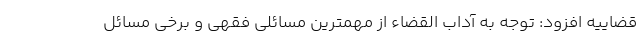
قضاییه افزود: توجه به آداب القضاء از مهمترین مسائلی فقهی و برخی مسائل